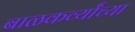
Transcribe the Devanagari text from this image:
बाळकर्व्यांच्या